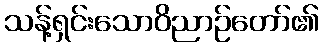
သန့်ရှင်းသောဝိညာဉ်တော်၏